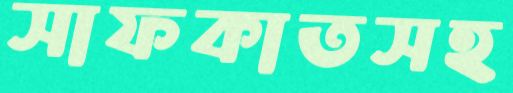
সাফকাতসহ